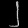
Digit: ၂